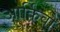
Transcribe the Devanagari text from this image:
आर्किवो